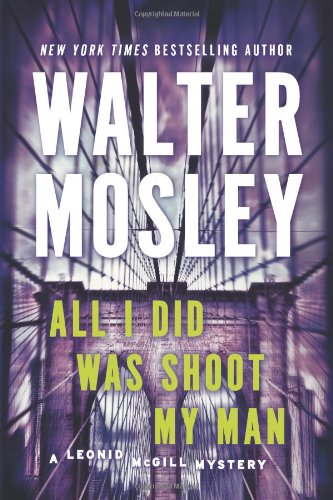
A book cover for All I Did Was Shoot My Man: A Leonid McGill Mystery; Walter Mosley; Mystery, Thriller & Suspense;